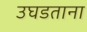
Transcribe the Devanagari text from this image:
उघडताना